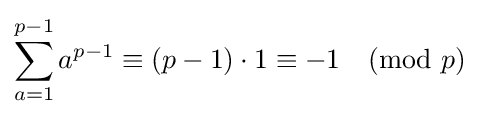
\sum _{a=1}^{p-1}a^{p-1}\equiv (p-1)\cdot 1\equiv -1{\pmod {p}}